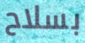
بسلاح